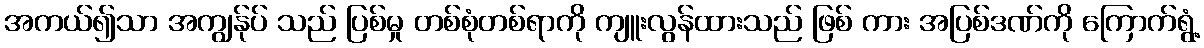
အကယ်၍သာ အကျွန်ုပ် သည် ပြစ်မှု တစ်စုံတစ်ရာကို ကျူးလွန်ထားသည် ဖြစ် ကား အပြစ်ဒဏ်ကို ကြောက်ရွံ့